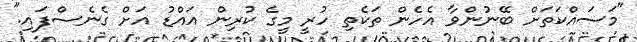
"މަސައްކަތަށް ބޭނުންވާ އެހެން ތަކެތި ހުރީ މީގެ ކުރިން އައްޑު އަށް ގެނެސްފައި."